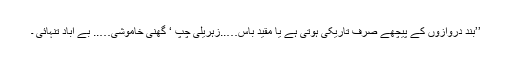
’’بند دروازوں کے پیچھے صرف تاریکی ہوتی ہے یا مقید باس…..زہریلی چپ ‘ گھنی خاموشی….. بے آباد تنہائی ۔